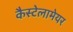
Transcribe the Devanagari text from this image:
कैस्टेलामेयर